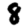
Digit: 8